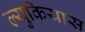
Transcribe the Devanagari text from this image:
ल्युकियास